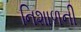
નિશાળની